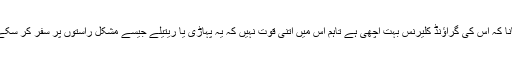
مانا کہ اس کی گراؤنڈ کلیرنس بہت اچھی ہے تاہم اس میں اتنی قوت نہیں کہ یہ پہاڑی یا ریتیلے جیسے مشکل راستوں پر سفر کر سکے۔